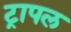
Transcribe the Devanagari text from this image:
ट्रापल